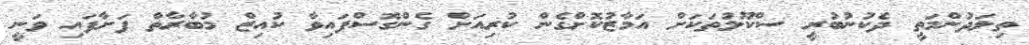
ތިލަދުންމަތީ ދެކުނުބުރީ ސްކޫލުތަކަށް އަމާޒުކޮށްގެން ކުރިއަށް ގެންގޮސްފައިވާ ކުއިޒް މުބާރާތް ފަށާފައި ވަނީ